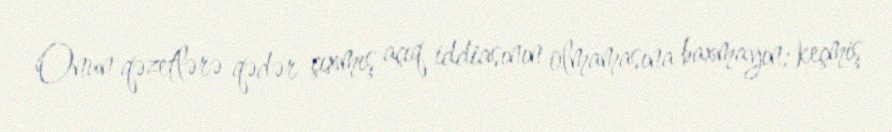
Onun qəzetlərə qədər çıxmış açıq iddiasının olmamasına baxmayın; keçmiş